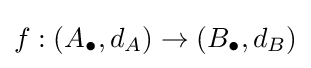
f:(A_{\bullet },d_{A})\to (B_{\bullet },d_{B})